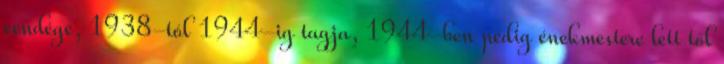
vendége, 1938-tól 1944-ig tagja, 1944-ben pedig énekmestere lett től